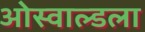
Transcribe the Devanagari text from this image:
ओस्वाल्डला